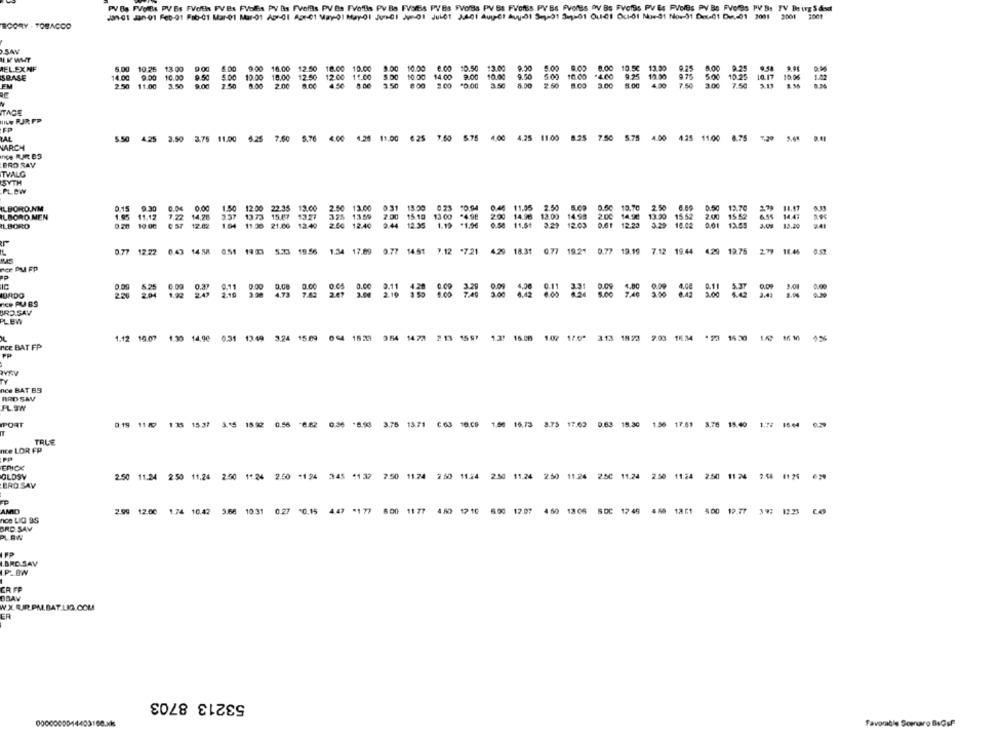
ROORY . TOBACCO
SAV
HIM WHAT
9.00 10.00
10.50 13.00
REL.EX NF
6.00 10.25
13 00
9.00
.000 1800
1000
5.00 10.00
SRASE
14.00
9.00
10.00
12.50
8:00
18.00
2.50
11.00
3.50
888
2.00
2.50
0.00
3.50
8.30
2.50
3.00
558
TAGE
IL. RJR PP
FP
5.50
435
3.50
3.75 11.00
7.60
€ 00
11.00
7.60
575
4.25
75
5.75
1.00
1.25
11.00
4.75
7.20
VARCH
BRO SAV
TVALG
SYTH
PLEW
ILBORO.NM
0.15
2.50 13.00
0.31 15.00 0.23 10.94
0.46 11.05 2.50 BLOD
0.50 10.70 2.50 6.09
ILBORO MEN
1.95 11.12
337 1373 15.07 1327
355 13.59
2.00 15.10 13:00 *4.98
0,25
200 14.96 13.00 14.59
2.00 14.98 13.20 15.52
11.42
2.00
15.10
$3 00
200
ILBORO
10 00
0 57 12.02
194 11.30 21.00 12.49
235
0.54 11.61 3.29 12.03 0.61 12.23 3.29 16.02
0.77 12.22 0.43 1458 051 1900 5.33 19.56 1.34 17.69 0.77 14.51 7.12 "721 4.29 18.31 0.77 19.21 0.77 19.19 7.12 19.44 4.20 12.75 279 18.46
0.52
her PM FP
IORDO
2.10
0.00
0,00
0.11
53
nce PUBS
ORD.SAV
PLEW
4.42
140
14,90
631
13.49
15.09
107 170*
14.30
1.63
ICE BAT FP
VRV
TY
nce BAT BS
RRD SAV
FL.SW
11 10
115
15.37
1592
0.56
0.36
3.75
13.71
1.5
8.75
15.30
17.61
15.40
TRLE
nce LOR FP
ERICK
GLOSY
2.50
11.24
2.50
11.24
2.50
1 .94
345
2.50
11.24
2 .50
11.24
2.50 11.24
11.24
11.24
7.58
11.54
11 24
BRO SAV
AMIDY
12.00
1.74
10.42
10.31
0.27
10.15
4 47
11 77
17 10
600 12.07
17 49
4.00
12.77
12.23
nce LIG 95
ORD SAV
PLAN
.BRC.SAV
PLOW
CR FP
BRAV
W.X UIRPM.BAT.LIS.COM
ER
53213 8703
Favorable Somnaro BoGsf